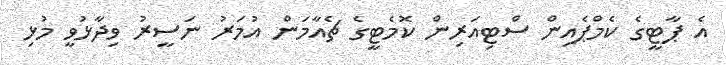
އެ ޕާޓީގެ ކެމްޕެއިން ސްޓިއަރިން ކޮމެޓީގެ ޗެއާމަން އުމަރު ނަސީރު ވިދާޅުވީ މުޅި